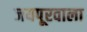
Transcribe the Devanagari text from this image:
जयपूरवाला